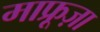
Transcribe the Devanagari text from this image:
माफ्रूज़ा